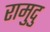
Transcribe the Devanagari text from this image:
रामुदु